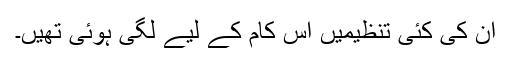
ان کی کئی تنظیمیں اس کام کے لیے لگی ہوئی تھیں۔